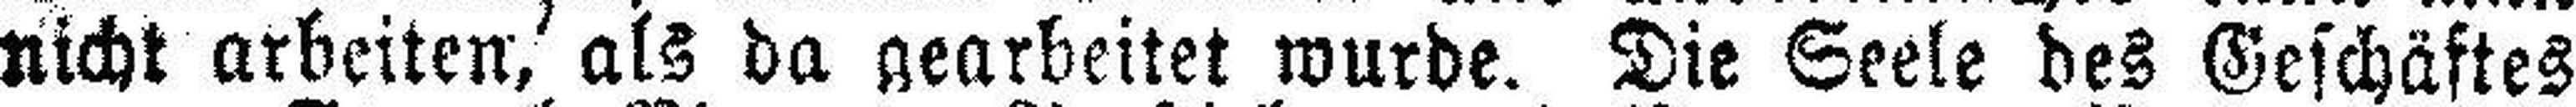
nicht arbeiten, als da gearbeitet wurde. Die Seele des Geschäftes